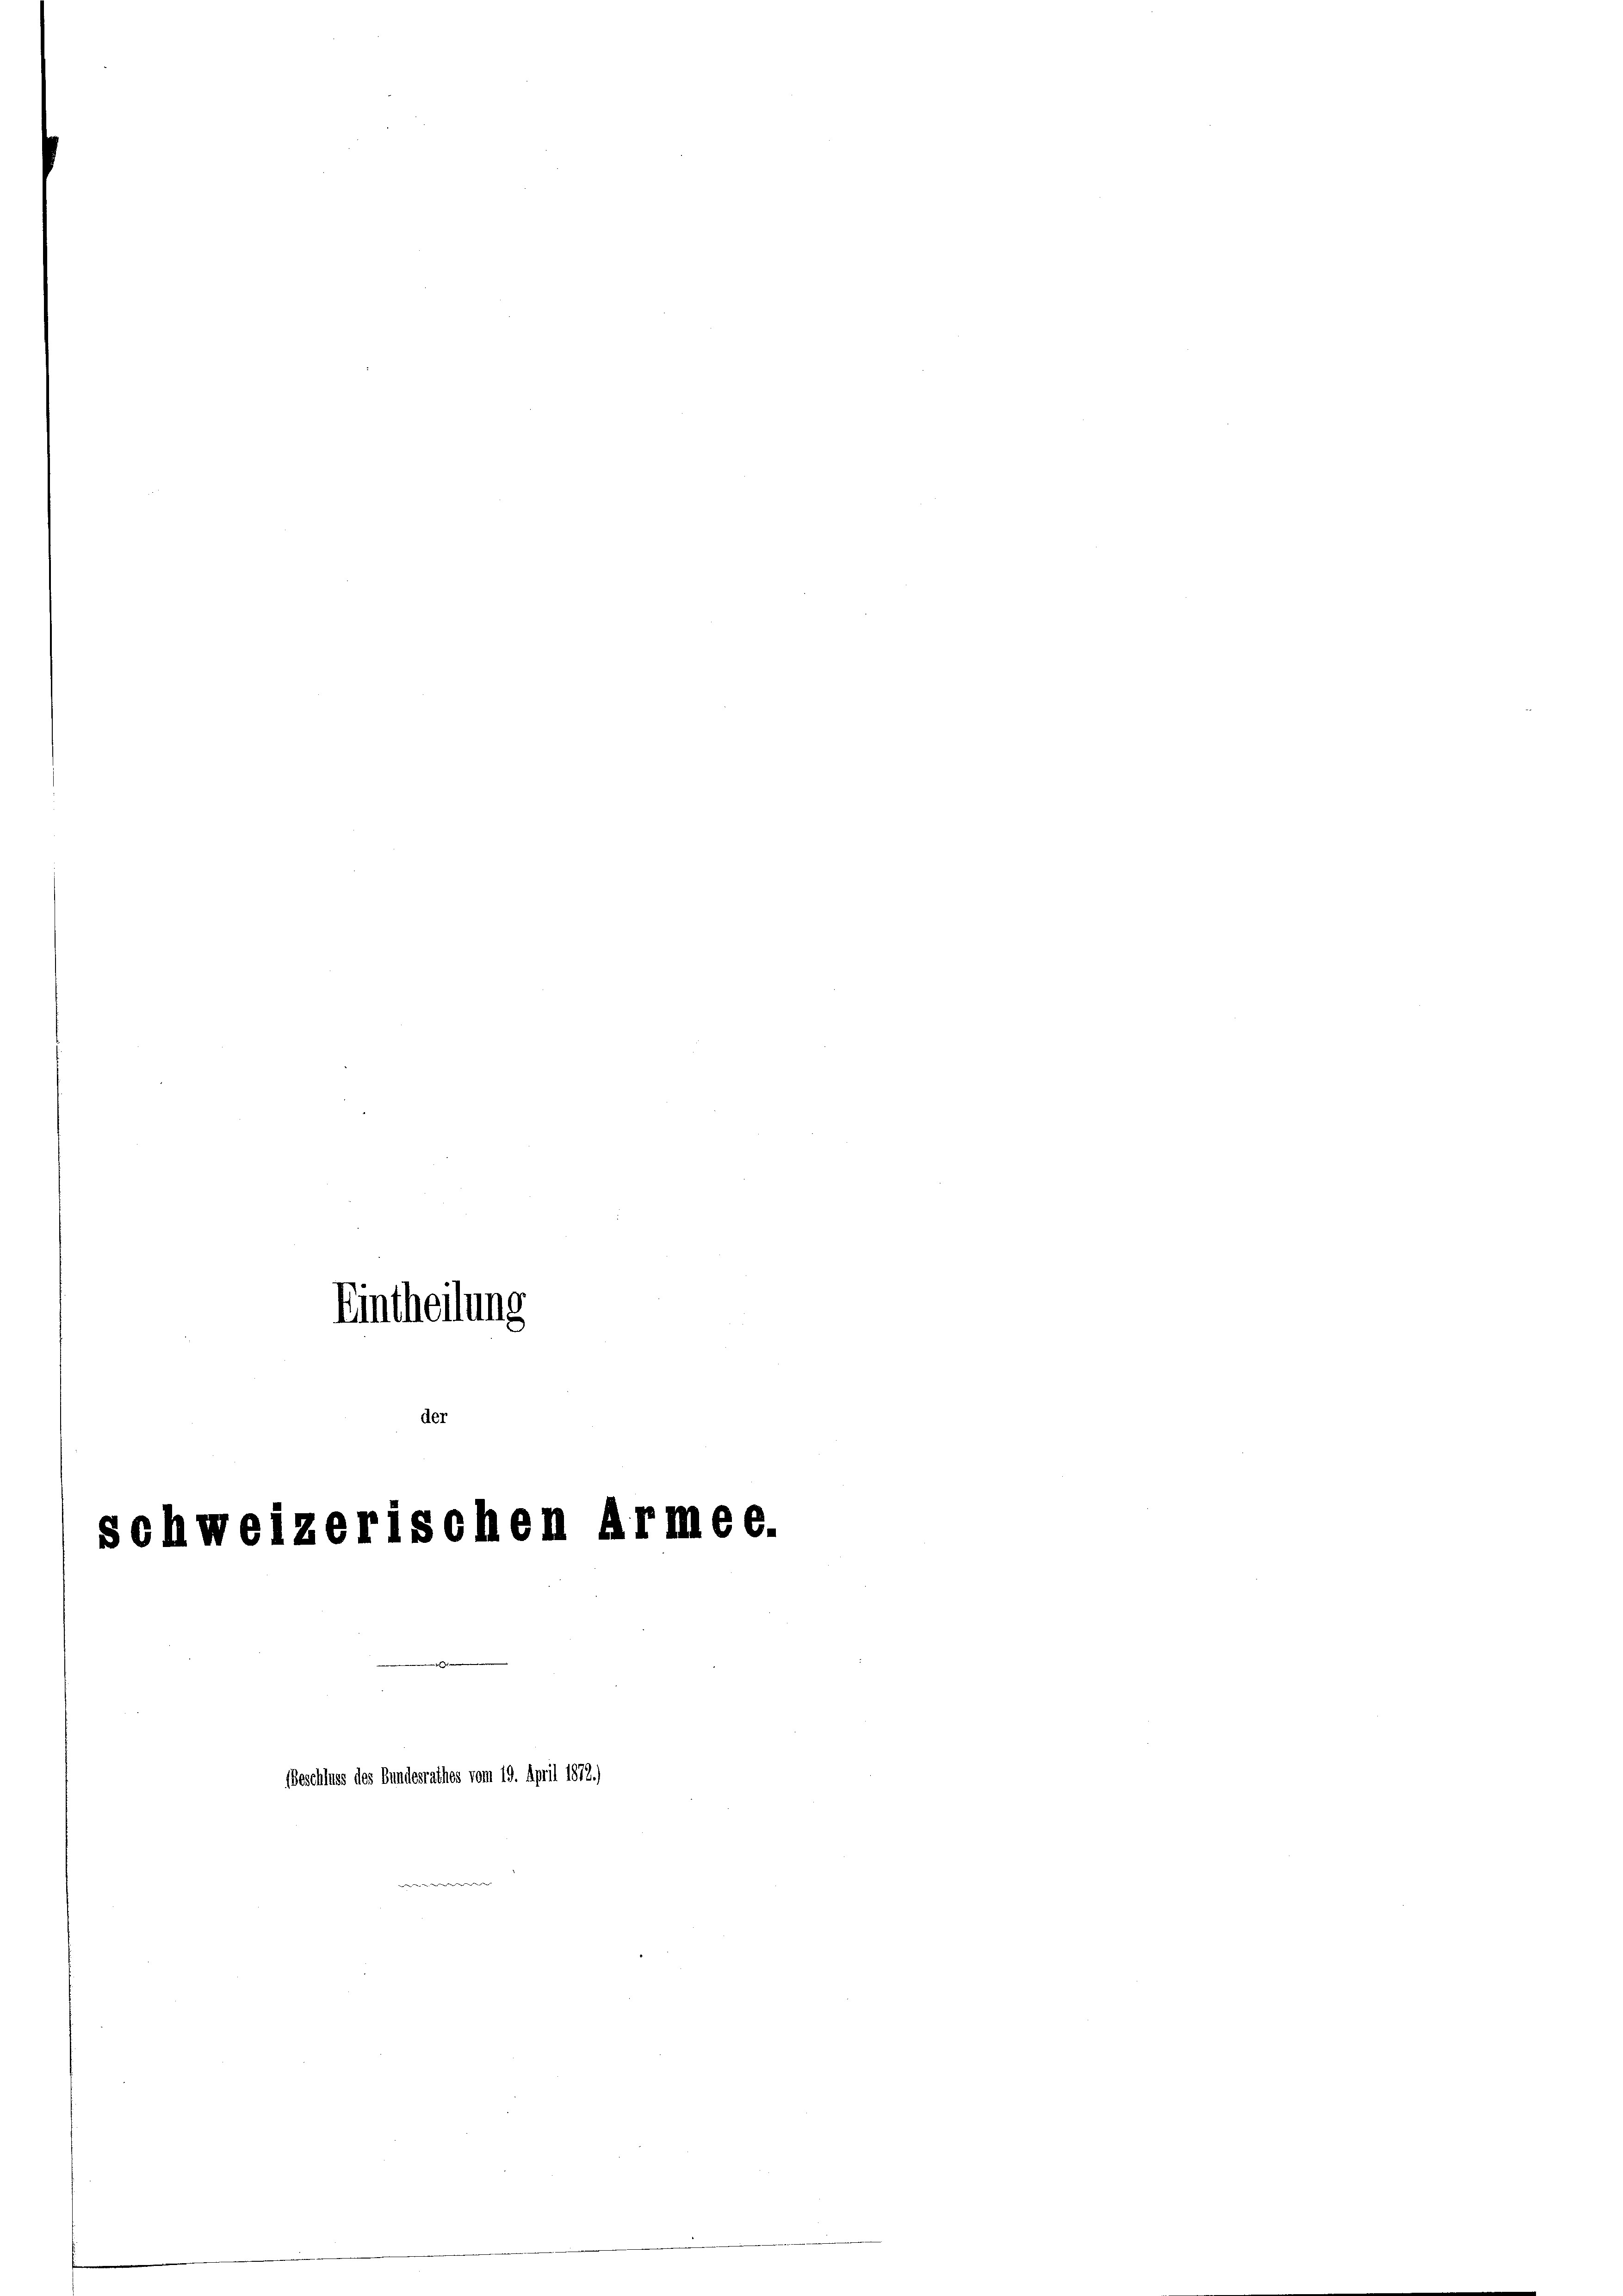
Schweize

Eintheilung

der

ischen

Beschluss des Bundesrathes vom 19. April 187

d

166.